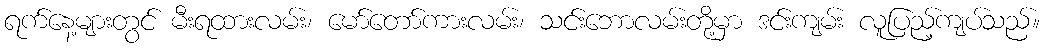
ရက်နေ့များတွင် မီးရထားလမ်း၊ မော်တော်ကားလမ်း၊ သင်းဘောလမ်းတို့မှာ ဒင်းကျမ်း လူပြည့်ကျပ်သည်။